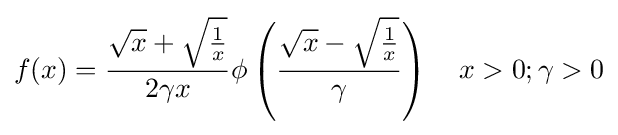
f(x)={\frac {{\sqrt {x}}+{\sqrt {\frac {1}{x}}}}{2\gamma x}}\phi \left({\frac {{\sqrt {x}}-{\sqrt {\frac {1}{x}}}}{\gamma }}\right)\quad x>0;\gamma >0